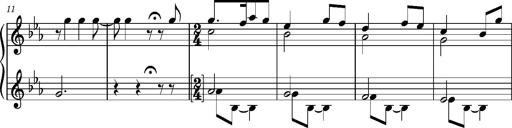
Title: La cloche sonne
Composer: Franz Liszt